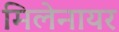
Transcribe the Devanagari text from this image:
मिलेनायर